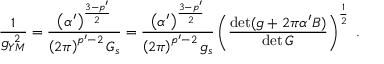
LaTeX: \frac { 1 } { g _ { Y M } ^ { \ 2 } } = \frac { \left( \alpha ^ { \prime } \right) ^ { \frac { 3 - p ^ { \prime } } { 2 } } } { \left( 2 \pi \right) ^ { p ^ { \prime } - 2 } G _ { s } } = \frac { \left( \alpha ^ { \prime } \right) ^ { \frac { 3 - p ^ { \prime } } { 2 } } } { \left( 2 \pi \right) ^ { p ^ { \prime } - 2 } g _ { s } } \left( \frac { \operatorname * { d e t } ( g + 2 \pi \alpha ^ { \prime } B ) } { \operatorname * { d e t } G } \right) ^ { \frac { 1 } { 2 } } ~ .